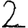
Digit: 2